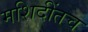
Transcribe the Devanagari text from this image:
मशिदींतच